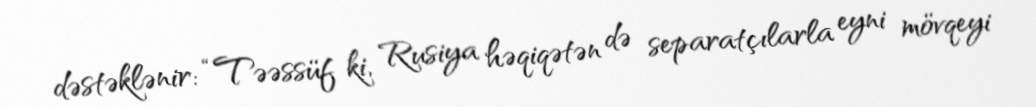
dəstəklənir: “Təəssüf ki, Rusiya həqiqətən də separatçılarla eyni mövqeyi